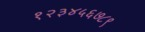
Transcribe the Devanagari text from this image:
१२३४५६७८९